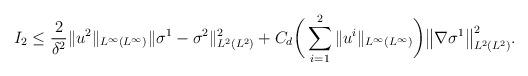
LaTeX: \begin{align*} I_2&\leq \frac2{\delta^2}\|u^2\|_{L^\infty(L^\infty)}\|\sigma^1-\sigma^2\|_{L^2(L^2)}^2 + C_d \bigg(\sum_{i=1}^2\|u^i\|_{L^\infty(L^\infty)}\bigg) \big\| \nabla \sigma^1\big\|_{L^2(L^2)}^2. \end{align*}